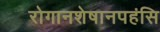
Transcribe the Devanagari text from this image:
रोगानशेषानपहंसि